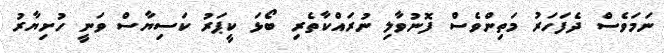
ނަމަވެސް ދެފަހަރު މަތިންވެސް ފޮނުވާލި ނުރައްކާތެރި ބޯޅަ ކީޕަރު ކަސިޔާސް ވަނީ ހުށިޔާރު